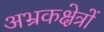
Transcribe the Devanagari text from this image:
अभ्रकक्षेत्रों